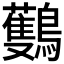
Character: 𪇡